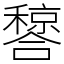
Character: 𬔂